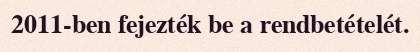
2011-ben fejezték be a rendbetételét.